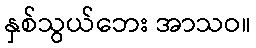
နှစ်သွယ်ဘေး အာသဝ။